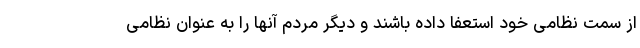
از سمت نظامی خود استعفا داده باشند و دیگر مردم آنها را به عنوان نظامی